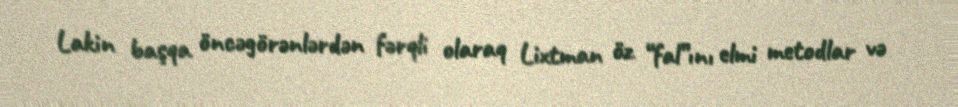
Lakin başqa öncəgörənlərdən fərqli olaraq Lixtman öz “fal”ını elmi metodlar və